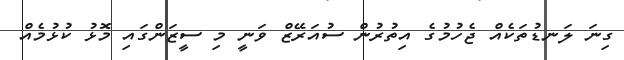
ގިނަ ލަނޑުތަކެއް ޖެހުމުގެ އިތުރުން ސުއަރޭޒް ވަނީ މި ސީޒަންގައި މޮޅު ކުޅުމެއް